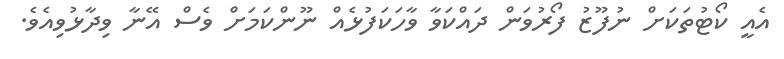
އެއީ ކޯޓުތަކަށް ނުފޫޒު ފޯރުވަން ދައްކަވާ ވާހަކަފުޅެއް ނޫންކަމަށް ވެސް އޭނާ ވިދާޅުވިއެވެ.